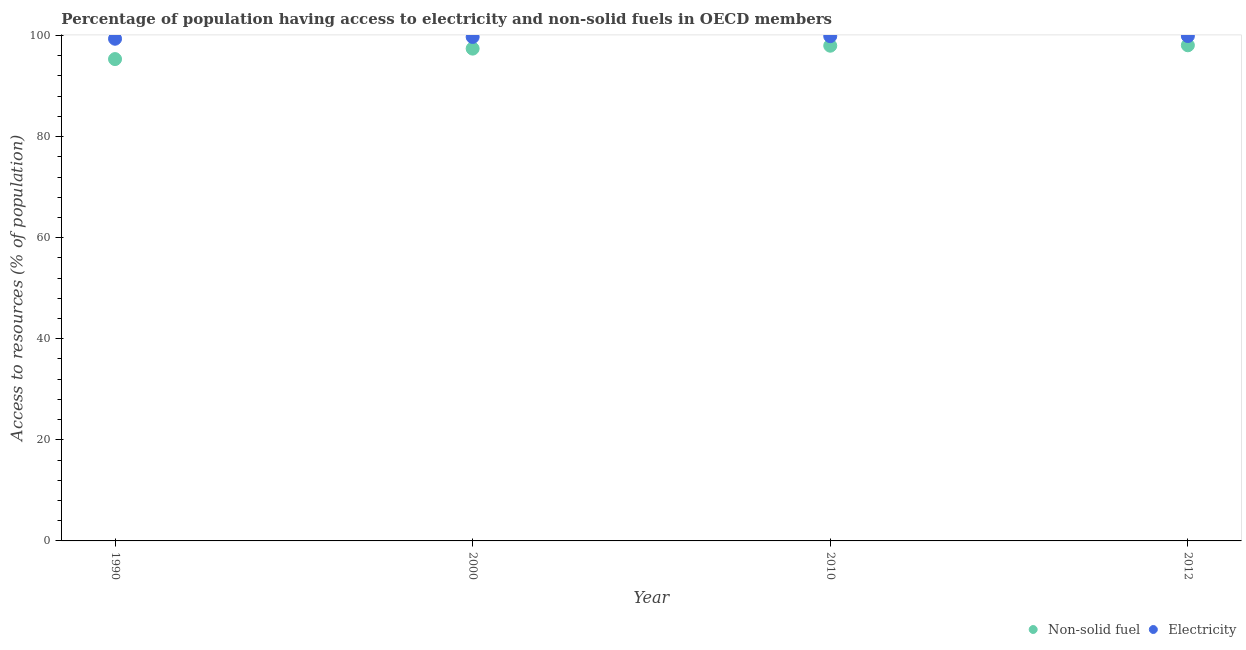
| Year | Non-solid fuel | Electricity |
 | --- | --- | --- |
 | 1990 | 95.3 | 99.4 |
 | 2000 | 97.4 | 99.7 |
 | 2010 | 98 | 99.9 |
 | 2012 | 98.1 | 99.9 |